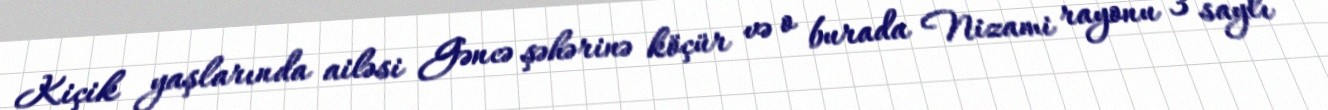
Kiçik yaşlarında ailəsi Gəncə şəhərinə köçür və o burada Nizami rayonu 3 saylı